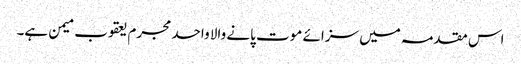
اس مقدمہ میں سزائے موت پانے والا واحد مجرم یعقوب میمن ہے۔